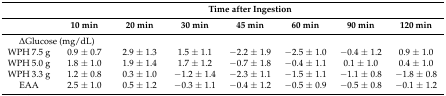
|  | <COLSPAN=7> Time after Ingestion |
 |  | 10 min | 20 min | 30 min | 45 min | 60 min | 90 min | 120 min |
 | --- | --- | --- | --- | --- | --- | --- | --- |
 | <COLSPAN=2> ΔGlucose (mg/dL) |  |  |  |  |  |  |
 | WPH 7.5 g | 0.9 ± 0.7 | 2.9 ± 1.3 | 1.5 ± 1.1 | −2.2 ± 1.9 | −2.5 ± 1.0 | −0.4 ± 1.2 | 0.9 ± 1.0 |
 | WPH 5.0 g | 1.8 ± 1.0 | 1.9 ± 1.4 | 1.7 ± 1.2 | −0.7 ± 1.8 | −0.4 ± 1.1 | 0.1 ± 1.0 | 0.4 ± 1.0 |
 | WPH 3.3 g | 1.2 ± 0.8 | 0.3 ± 1.0 | −1.2 ± 1.4 | −2.3 ± 1.1 | −1.5 ± 1.1 | −1.1 ± 0.8 | −1.8 ± 0.8 |
 | EAA | 2.5 ± 1.0 | 0.5 ± 1.2 | −0.3 ± 1.1 | −0.4 ± 1.2 | −0.5 ± 0.9 | −0.5 ± 0.8 | −0.1 ± 1.2 |